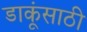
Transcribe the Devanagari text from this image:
डाकूंसाठी